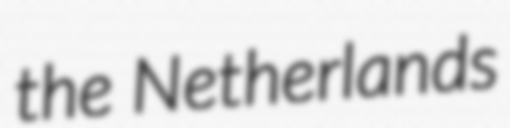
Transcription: the Netherlands